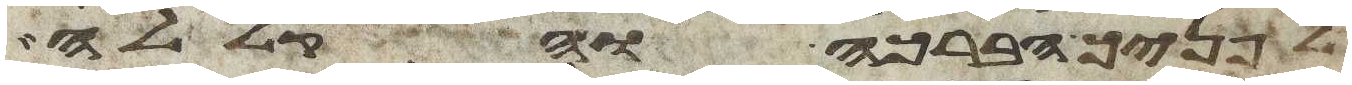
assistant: לפניך הברכה והקללה